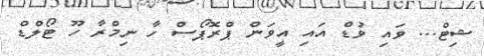
ޝިޓް... ވައި ވުޑް އައި އީވަން ޕްރޮޕޯސް ހާ ނިމްރާ ހޫ ޓޯލްޑް